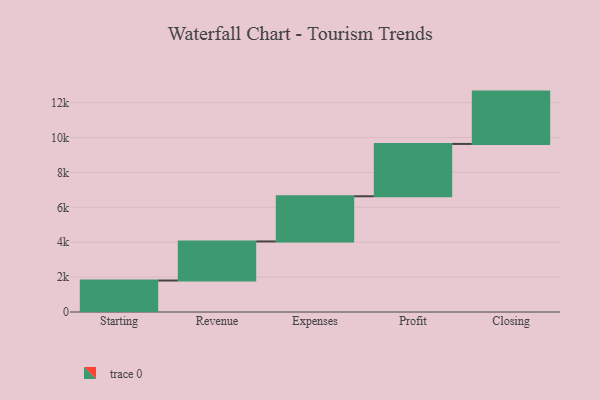
{"axis": {"x": "Step", "y": "Value"}, "legend": [""], "data": [{"x": "Starting", "y": 1805.0, "type": ""}, {"x": "Revenue", "y": 2239.0, "type": ""}, {"x": "Expenses", "y": 2590.0, "type": ""}, {"x": "Profit", "y": 3000, "type": ""}, {"x": "Closing", "y": 3000, "type": ""}]}